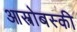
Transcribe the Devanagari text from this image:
आस्त्रोबस्की